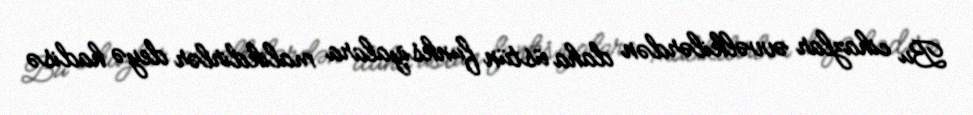
Bu cihazlar əvvəlkilərdən daha üstün funksiyalara malikdirlər deyə hadisə